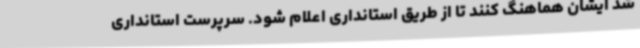
شد ایشان هماهنگ کنند تا از طریق استانداری اعلام شود. سرپرست استانداری